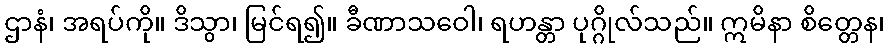
ဌာနံ၊ အရပ်ကို။ ဒိသွာ၊ မြင်ရ၍။ ခီဏာသဝေါ၊ ရဟန္တာ ပုဂ္ဂိုလ်သည်။ ဣမိနာ စိတ္တေန၊